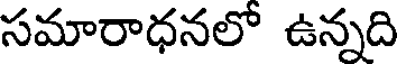
సమారాధనలో ఉన్నది